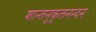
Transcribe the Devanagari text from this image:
शान्तनुकुलनन्दन